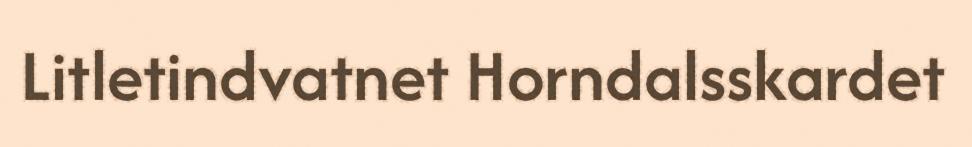
Litletindvatnet Horndalsskardet